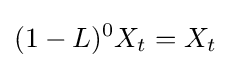
(1-L)^{0}X_{t}=X_{t}